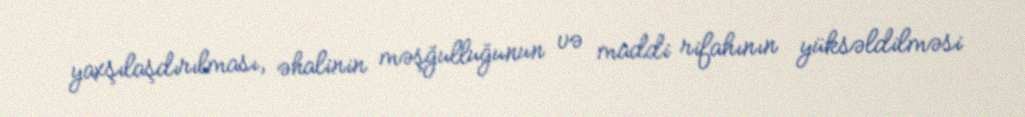
yaxşılaşdırılması, əhalinin məşğulluğunun və maddi rifahının yüksəldilməsi